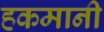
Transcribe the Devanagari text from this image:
हकमानी